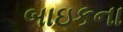
બાઇકના